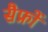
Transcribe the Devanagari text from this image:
सैफ्रों